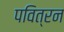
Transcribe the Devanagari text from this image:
पवित्रन